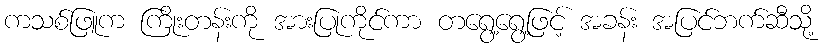
ကသစ်ဖြူက ကြိုးတန်းကို အားပြုကိုင်ကာ တရွေ့ရွေ့ဖြင့် အခန်း အပြင်ဘက်ဆီသို့